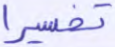
تفسيرا